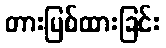
တားမြစ်ထားခြင်း